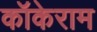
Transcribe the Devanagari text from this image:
कॉकेराम